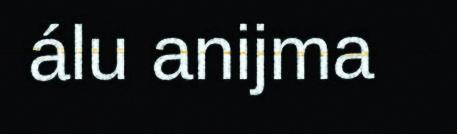
álu anijma